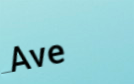
Ave